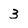
Character: 3